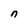
Character: n